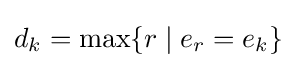
d_{k}=\max\{r\mid e_{r}=e_{k}\}